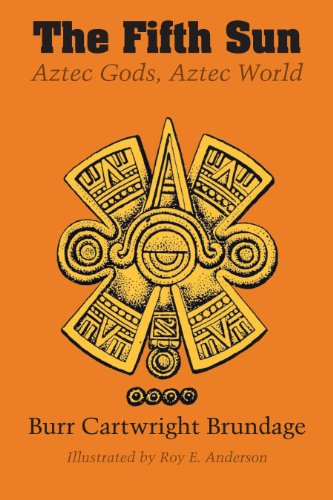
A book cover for The Fifth Sun: Aztec Gods, Aztec World (Texas Pan American); Burr Cartwright Brundage; History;